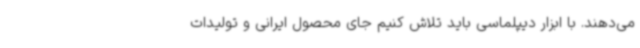
می‌دهند. با ابزار دیپلماسی باید تلاش کنیم جای محصول ایرانی و تولیدات